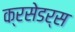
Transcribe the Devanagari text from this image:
क्रसेडर्स